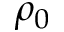
\rho _ { 0 }